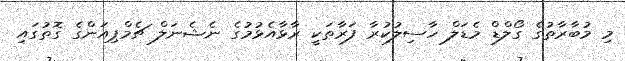
މި މުބާރާތުގެ ގޯލްޑް މެޑަލް ހާސިލުކުރާ ފަރާތަކީ ރާޅާއެޅުމުގެ ނެޝެނަލް ޗެމްޕިއަންގެ ގޮތުގައި